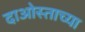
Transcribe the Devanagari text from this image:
दाओस्ताच्या